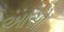
આસો